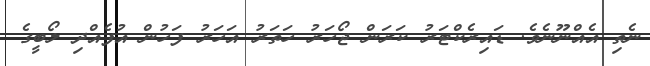
ނެތި އެއްނޫނެވެ. ޑައިރެކްޓަރު ކަރަން ޖޯހަރު ހަތަރު އަހަރު ފަހުން އުފެއްދި ލޯބީގެ